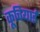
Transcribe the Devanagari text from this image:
कूचियाई